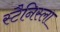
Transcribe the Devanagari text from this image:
स्टैनिस्ला